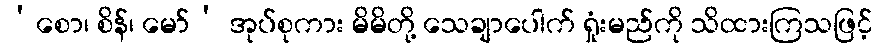
‘စော၊ စိန်၊ မော်’ အုပ်စုကား မိမိတို့ သေချာပေါက် ရှုံးမည်ကို သိထားကြသဖြင့်